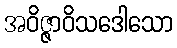
အဝိဇ္ဇာဝိသဒေါသော